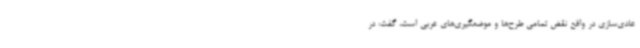
عادی‌سازی در واقع نقض تمامی طرح‌ها و موضعگیری‌های عربی است، گفت: در